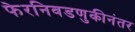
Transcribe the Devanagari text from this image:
फेरनिवडणुकीनंतर